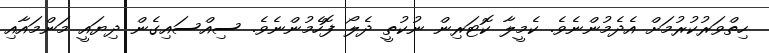
ހިތްވަރުކުރުމަށް އެދެމުންނެވެ. ކެމީލާ ކޮޓަރިން ނުކުތީ ދެލޯ ފޮހެމުންނެވެ. ސިއްސައިގެން ދިޔައީ މަންމައާއި